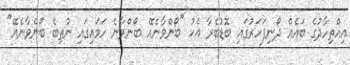
އިއްތިހާދުގެ ބައެއް ދޯނިފަހަރުގައި ބޮޑުބެރާ އެކު "ބޯންވާނެއޭ ބޯންވާނެ ހަމައިގައި ނުތިބެ ބޯންވާނެއޭ"